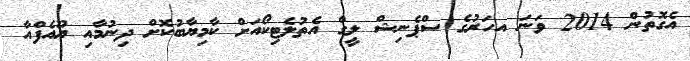
އެގޮތުން 2014 ވަނަ އހަރުގެ ސްޕެނިޝް ލީގް އެތުލެޓިކޯއަށް ކާމިޔާބުކޮށް ދިނުމާއި ޔޫއެފްއާ